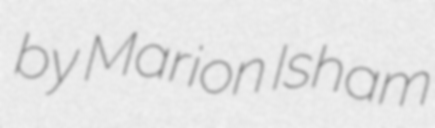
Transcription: by Marion Isham